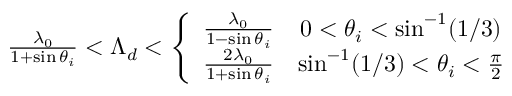
\begin{array} { r } { \frac { \lambda _ { 0 } } { 1 + \sin \theta _ { i } } < \Lambda _ { d } < \left\{ \begin{array} { r c r } { \frac { \lambda _ { 0 } } { 1 - \sin \theta _ { i } } } & { 0 < \theta _ { i } < \sin ^ { - 1 } ( 1 / 3 ) } \\ { \frac { 2 \lambda _ { 0 } } { 1 + \sin \theta _ { i } } } & { \sin ^ { - 1 } ( 1 / 3 ) < \theta _ { i } < \frac { \pi } { 2 } } \end{array} \right. } \end{array}